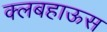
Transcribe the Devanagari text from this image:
क्लबहाऊस